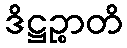
ဒိဋ္ဌဉ္စာတိ